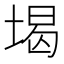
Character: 堨